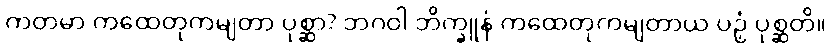
ကတမာ ကထေတုကမျတာ ပုစ္ဆာ? ဘဂဝါ ဘိက္ခူနံ ကထေတုကမျတာယ ပဉှံ ပုစ္ဆတိ။